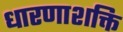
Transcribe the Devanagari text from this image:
धारणाशक्ति